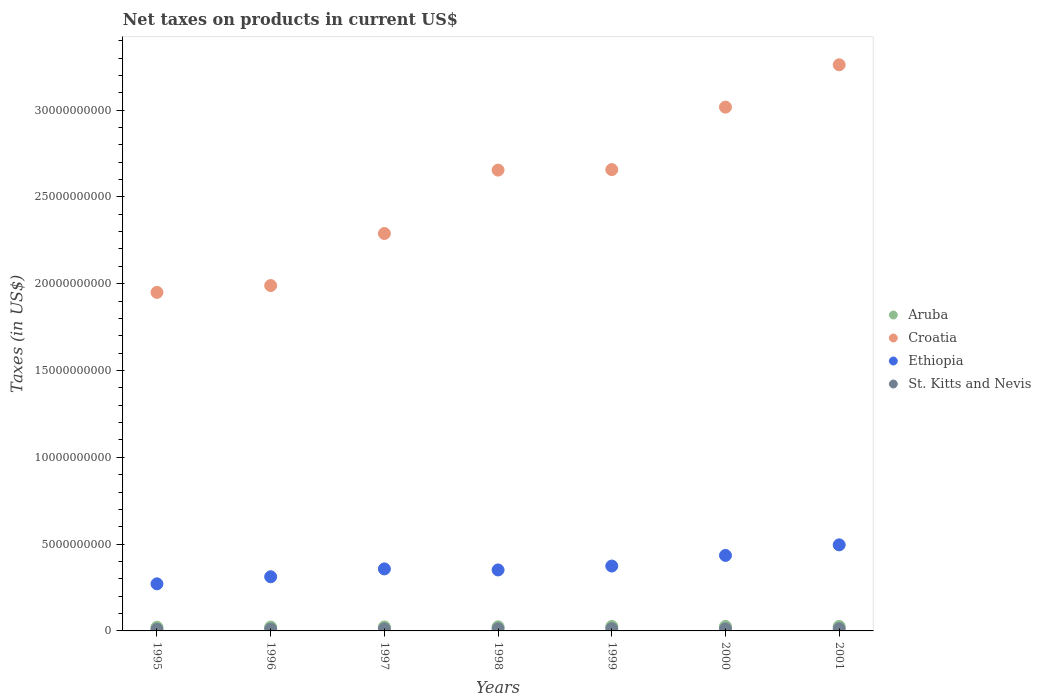
| Years | Aruba | Croatia | Ethiopia | St. Kitts and Nevis |
 | --- | --- | --- | --- | --- |
 | 1995 | 2.09e+08 | 1.95e+10 | 2.71e+09 | 9.47e+07 |
 | 1996 | 2.21e+08 | 1.99e+10 | 3.12e+09 | 1.05e+08 |
 | 1997 | 2.29e+08 | 2.29e+10 | 3.57e+09 | 1.19e+08 |
 | 1998 | 2.38e+08 | 2.65e+10 | 3.51e+09 | 1.23e+08 |
 | 1999 | 2.59e+08 | 2.66e+10 | 3.74e+09 | 1.29e+08 |
 | 2000 | 2.59e+08 | 3.02e+10 | 4.35e+09 | 1.19e+08 |
 | 2001 | 2.58e+08 | 3.26e+10 | 4.96e+09 | 1.27e+08 |